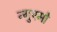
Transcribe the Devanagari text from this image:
न्गुएमो